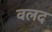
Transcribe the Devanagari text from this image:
वलद